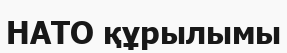
НАТО құрылымы